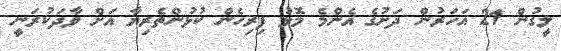
ލީގުން 21 އަހަރުން ދަށުގެ އެންމެ މޮޅު ފިރިހެން ކުޅުންތެރިޔާ އަށް ވާދަކުރަނީ